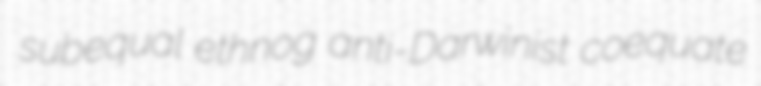
subequal ethnog anti-Darwinist coequate